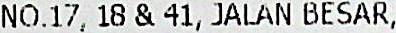
NO.17,18 & 41,JALAN BESAR,